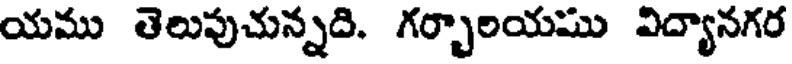
యము తెలుపుచున్నది. గర్భాలయము విద్యానగర